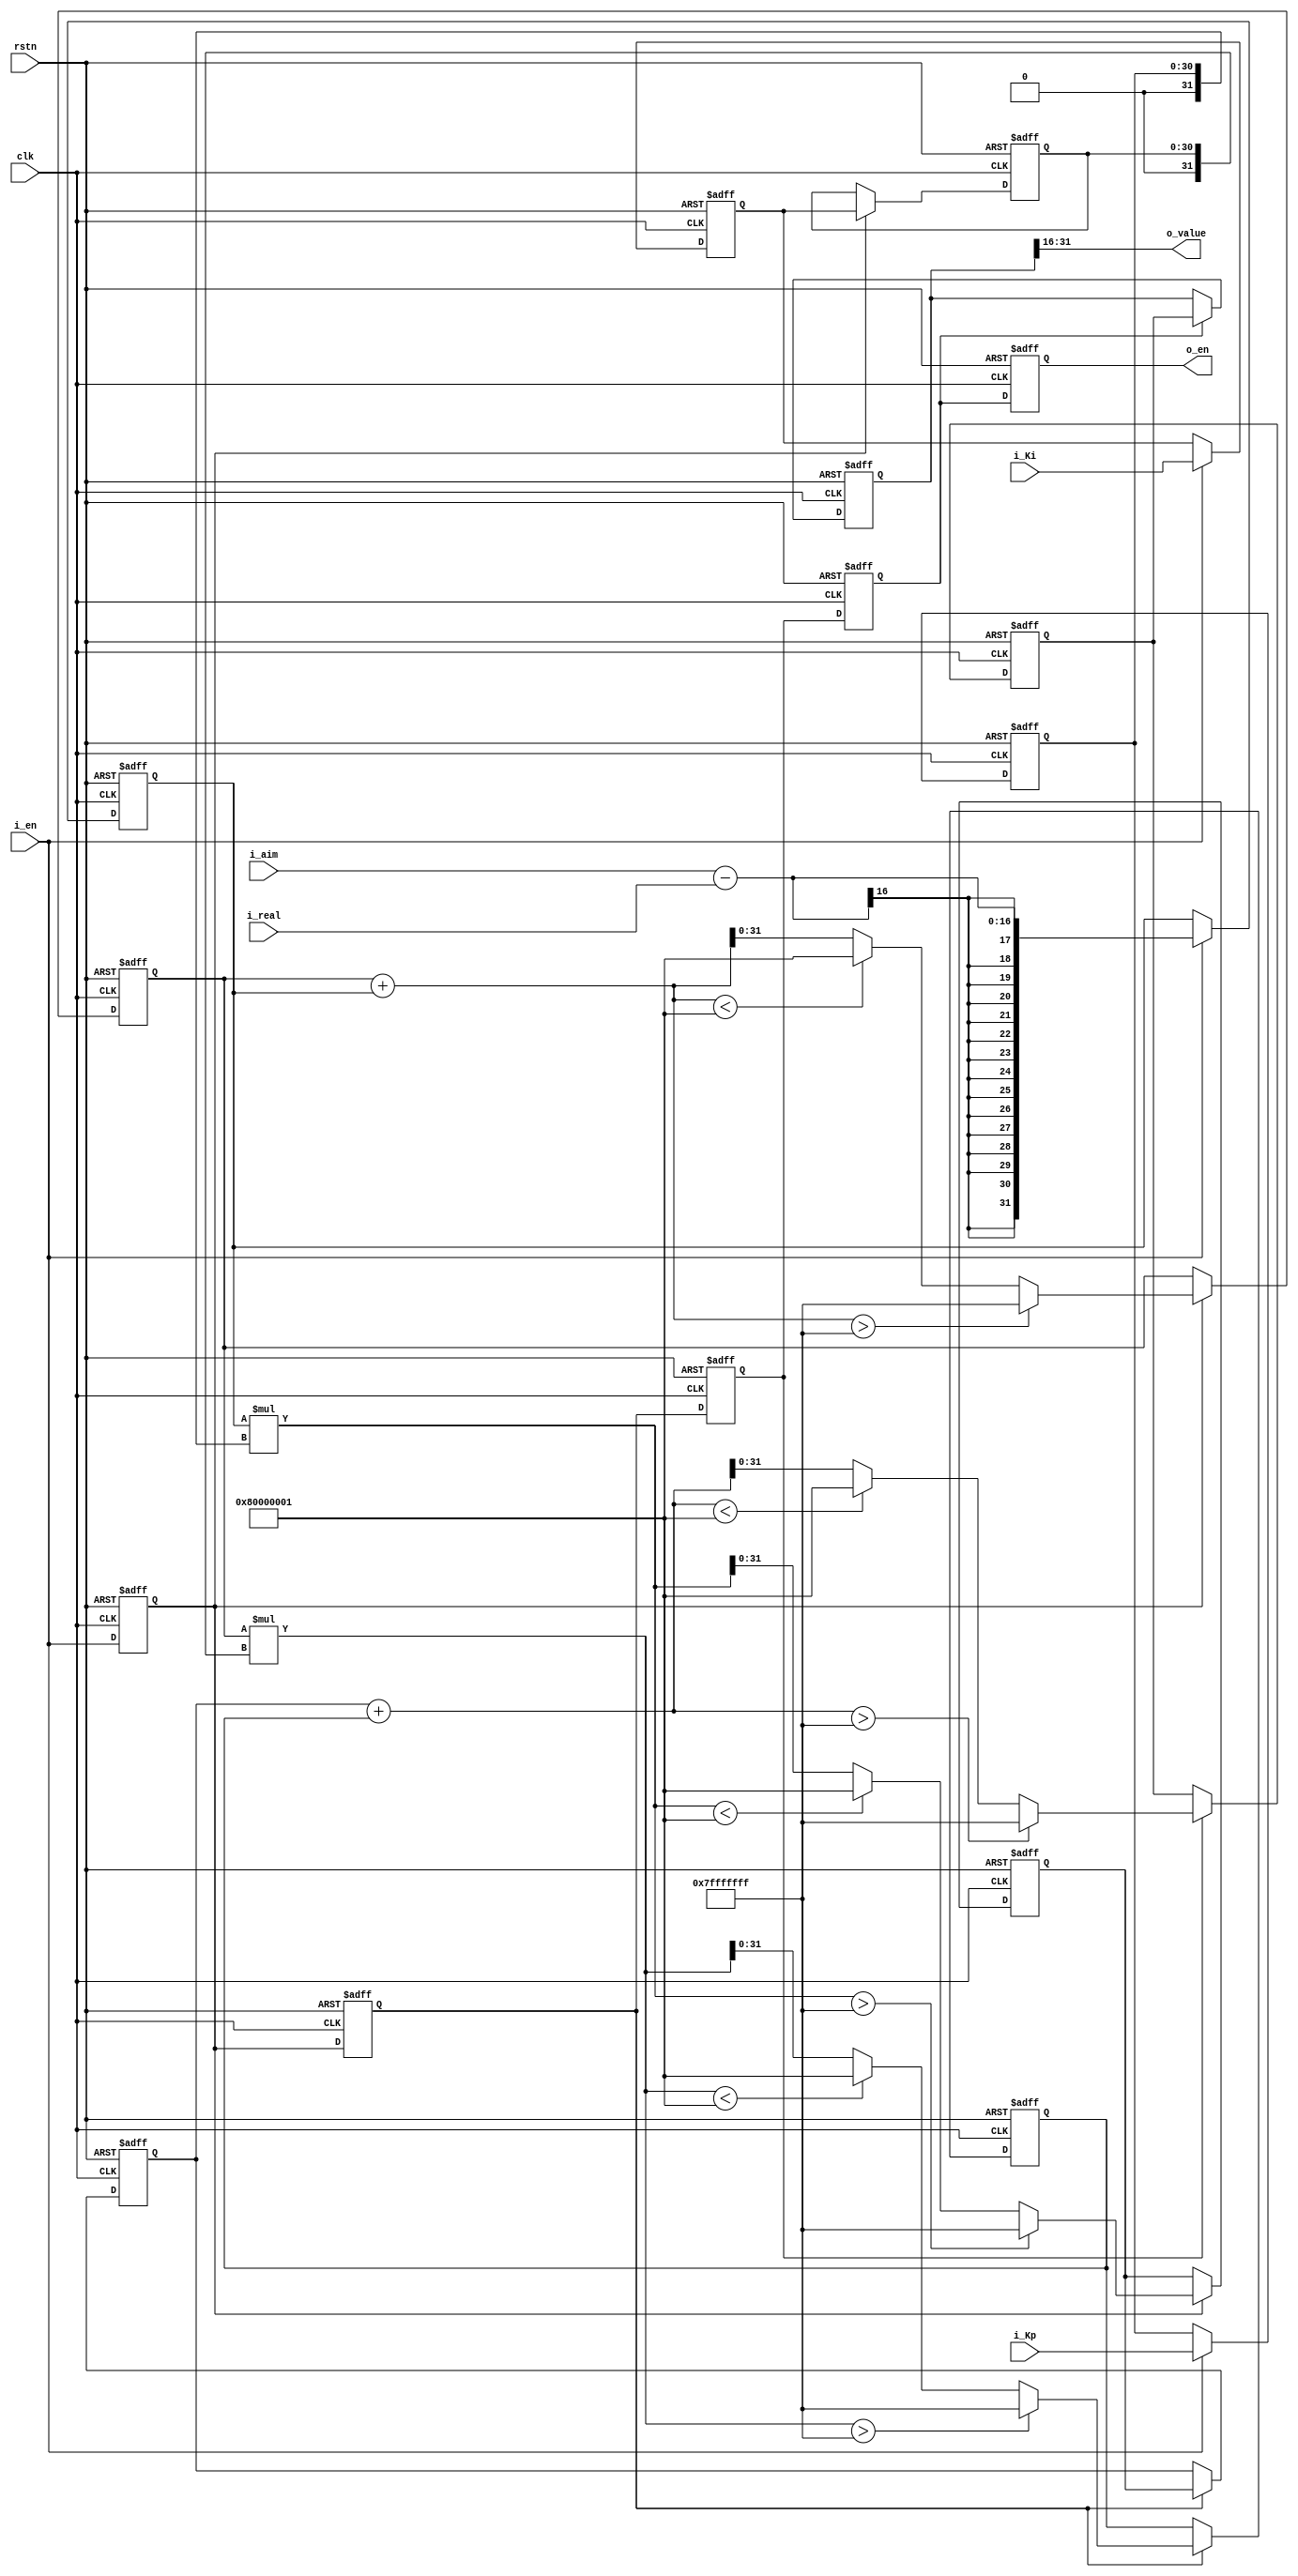

//--------------------------------------------------------------------------------------------------------
//  pi_controller
// Type    : synthesizable
// Standard: Verilog 2001 (IEEE1364-2001)
//  PI 
//--------------------------------------------------------------------------------------------------------

module pi_controller (
    input  wire               rstn,
    input  wire               clk,
    input  wire               i_en,
    input  wire        [30:0] i_Kp,
    input  wire        [30:0] i_Ki,
    input  wire signed [15:0] i_aim,
    input  wire signed [15:0] i_real,
    output reg                o_en,
    output wire signed [15:0] o_value
);

reg               en1, en2, en3, en4;
reg signed [31:0] pdelta, idelta, kpdelta1, kpdelta, kidelta, kpidelta, value;
reg        [30:0] Kp0=0, Ki0=0, Ki1=0;

assign o_value = value[31:16];


function  signed [31:0] protect_add;
    input signed [31:0] a, b;
    reg   signed [32:0] y;
//function automatic logic signed [31:0] protect_add(input logic signed [31:0] a, input logic signed [31:0] b);
//    automatic logic signed [32:0] y;
begin
    y = $signed({a[31],a}) + $signed({b[31],b});
    if(     y >  $signed(33'h7fffffff) )
        protect_add =  $signed(32'h7fffffff);
    else if(y < -$signed(33'h7fffffff) )
        protect_add = -$signed(32'h7fffffff);
    else
        protect_add =  $signed(y[31:0]);
end
endfunction


function  signed [31:0] protect_mul;
    input signed [31:0] a, b;
    reg   signed [56:0] y;
//function automatic logic signed [31:0] protect_mul(input logic signed [31:0] a, input logic signed [24:0] b);
//    automatic logic signed [56:0] y;
begin
    y = a * b;
    if(     y >  $signed(57'h7fffffff) )
        protect_mul =  $signed(32'h7fffffff);
    else if(y < -$signed(57'h7fffffff) )
        protect_mul = -$signed(32'h7fffffff);
    else
        protect_mul =  $signed(y[31:0]);
end
endfunction


always @ (posedge clk or negedge rstn)
    if(~rstn) begin
        en1 <= 1'b0;
        en2 <= 1'b0;
        en3 <= 1'b0;
        en4 <= 1'b0;
        o_en <= 1'b0;
    end else begin
        en1 <= i_en;
        en2 <= en1;
        en3 <= en2;
        en4 <= en3;
        o_en <= en4;
    end


always @ (posedge clk or negedge rstn)
    if(~rstn) begin
        Kp0 <= 0;
        Ki0 <= 0;
        pdelta <= 0;
    end else begin
        if(i_en) begin
            Kp0 <= i_Kp;
            Ki0 <= i_Ki;
            pdelta <= $signed({{16{i_aim[15]}},i_aim}) - $signed({{16{i_real[15]}},i_real});   // pdelta = i_aim - i_real
        end
    end

always @ (posedge clk or negedge rstn)
    if(~rstn) begin
        Ki1 <= 0;
        kpdelta1 <= 0;
        idelta <= 0;
    end else begin
        if (en1) begin
            Ki1 <= Ki0;
            kpdelta1 <= protect_mul(pdelta, $signed({1'h0, Kp0}) );                            // kpdelta1 = Kp * pdelta
            idelta  <= protect_add(idelta, pdelta);                                            // idelta  += (i_aim - i_real)      that is: idelta =  pdelta
        end
    end

always @ (posedge clk or negedge rstn)
    if(~rstn) begin
        kpdelta <= 0;
        kidelta <= 0;
    end else begin
        if (en2) begin
            kpdelta <= kpdelta1;                                                               // kpdelta = Kp * pdelta
            kidelta <= protect_mul(idelta, $signed({1'h0, Ki1}) );                             // kidelta = Ki *  pdelta
        end
    end

always @ (posedge clk or negedge rstn)
    if(~rstn) begin
        kpidelta <= 0;
    end else begin
        if (en3)
            kpidelta <= protect_add(kpdelta, kidelta);                                         // kpidelta = Kp * pdelta + Ki *  pdelta
    end

always @ (posedge clk or negedge rstn)
    if(~rstn) begin
        value <= 0;
    end else begin
        if (en4)
            value <= kpidelta;                                                                 // modified at 20230609, now it is a stardard PID
            // value <= protect_add(value, kpidelta);                                          //
    end

endmodule